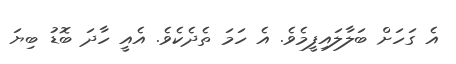
އެ ގަހަށް ބަލާާލައިފީމެވެ. އެ ހަމަ ތެދެކެވެ. އެއީ ހާދަ ބޮޑު ބިޔަ